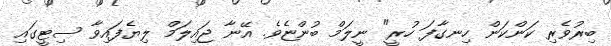
ބިރުވެރި ކަންކަން ހިނގާފަ ހުރީ" ނީލަމް ބުންޏެވެ. އޭނާ ޖައިލަމް ލިޔެފައިވާ ސިޓީގައި